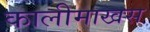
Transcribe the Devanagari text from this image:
कालीमाखस